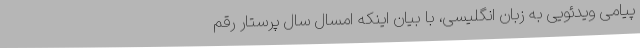
پیامی ویدئویی به زبان انگلیسی، با بیان اینکه امسال سال پرستار رقم